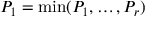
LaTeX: P _ { 1 } = \operatorname* { m i n } ( P _ { 1 } , \dots , P _ { r } )